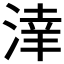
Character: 𣸉